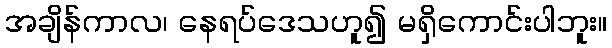
အချိန်ကာလ၊ နေရပ်ဒေသဟူ၍ မရှိကောင်းပါဘူး။